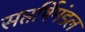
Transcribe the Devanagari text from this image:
सप्तर्षिमंडल